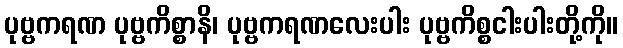
ပုဗ္ဗကရဏ ပုဗ္ဗကိစ္စာနိ၊ ပုဗ္ဗကရဏလေးပါး ပုဗ္ဗကိစ္စငါးပါးတို့ကို။